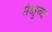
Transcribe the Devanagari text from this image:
संक्षुब्ध